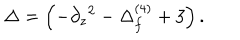
LaTeX: \Delta = \left( - \partial _ { z } { } ^ { 2 } - \Delta _ { f } ^ { ( 4 ) } + 3 \right) .